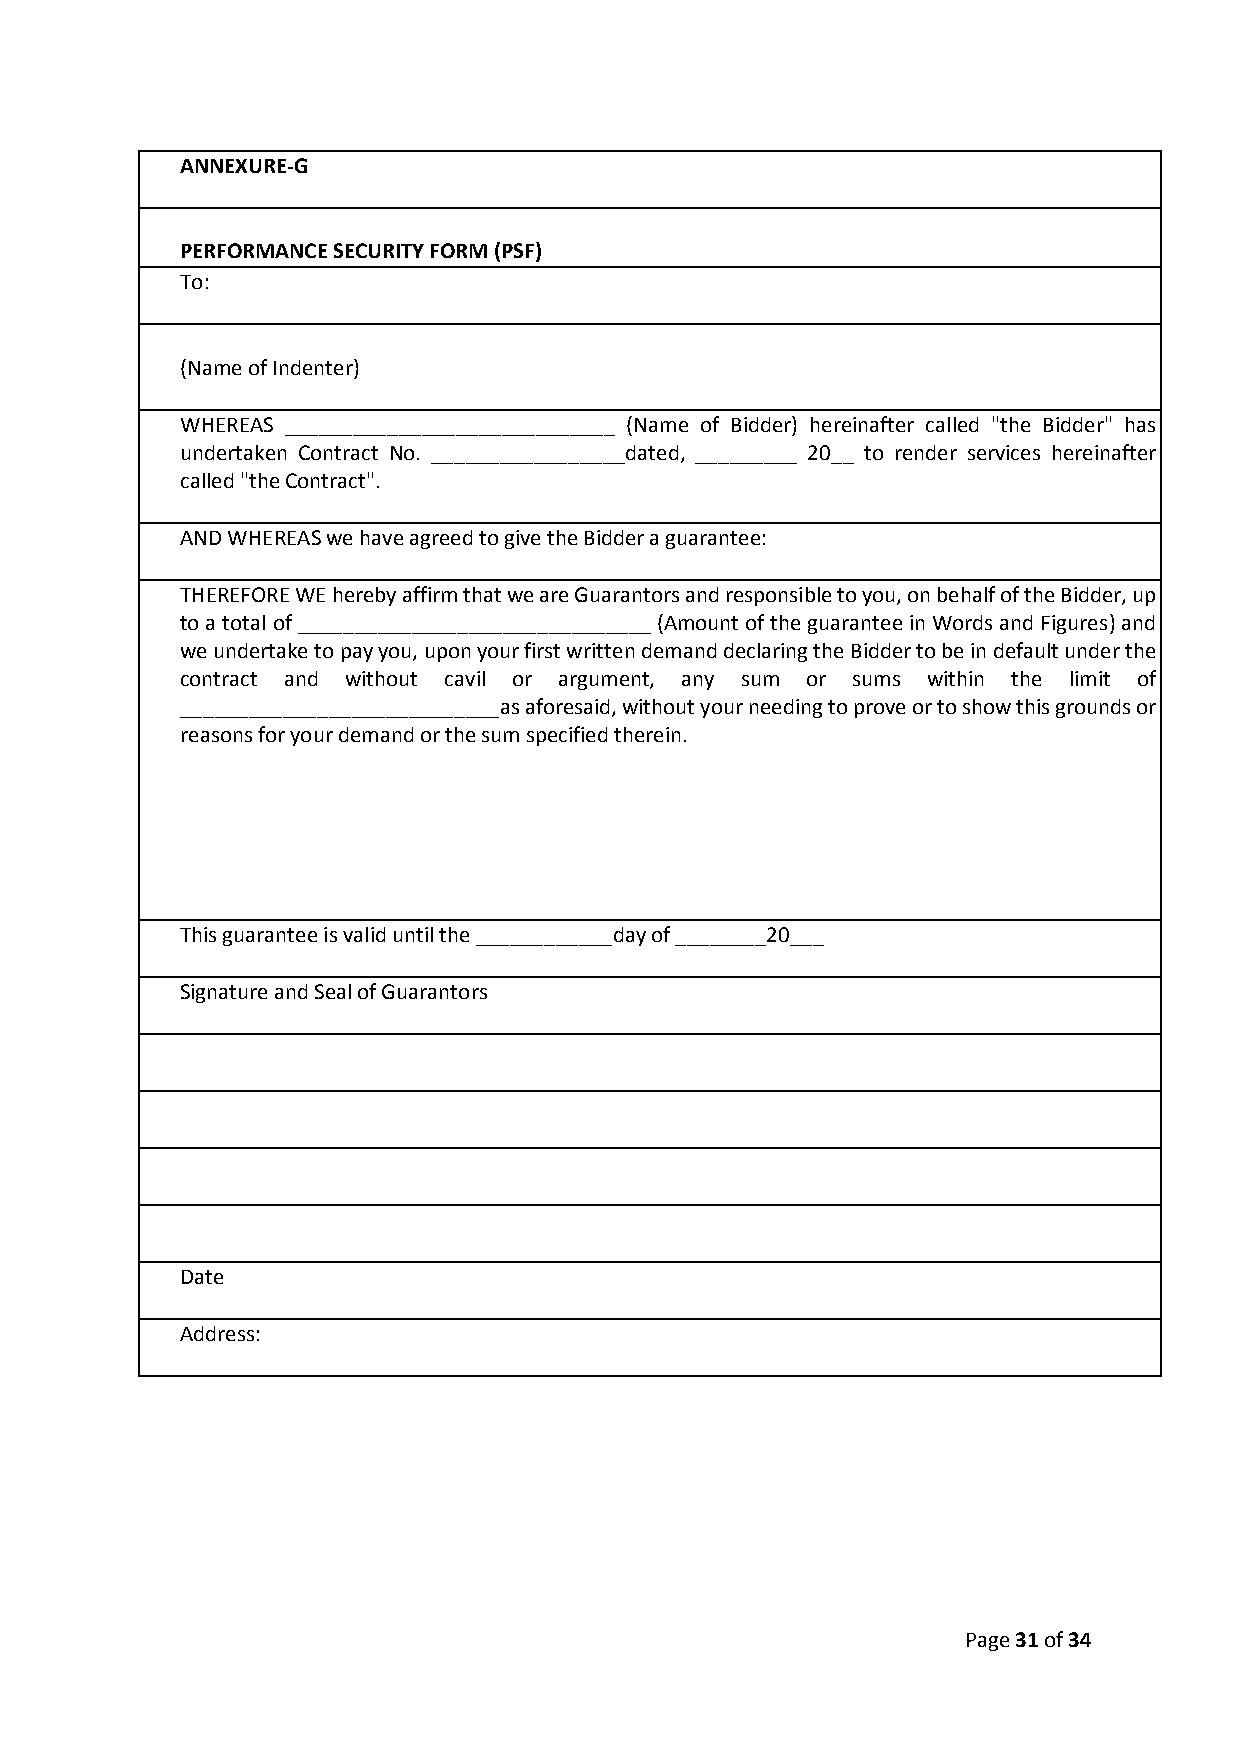
ANNEXURE-G
 PERFORMANCE SECURITY FORM (PSF)
 To:
 (Name of Indenter)
 WHEREAS _____________________________ (Name of Bidder) hereinafter called "the Bidder" has
 undertaken Contract No. _________________dated, _________ 20__ to render services hereinafter
 called "the Contract".
 AND WHEREAS we have agreed to give the Bidder a guarantee:
 THEREFORE WE hereby affirm that we are Guarantors and responsible to you, on behalf of the Bidder, up
 to a total of _______________________________ (Amount of the guarantee in Words and Figures) and
 we undertake to pay you, upon your first written demand declaring the Bidder to be in default under the
 contract and without cavil or argument, any sum or sums within the limit of
 ____________________________as aforesaid, without your needing to prove or to show this grounds or
 reasons for your demand or the sum specified therein.
 This guarantee is valid until the ____________day of ________20___
 Signature and Seal of Guarantors
 Date
 Address:
 Page 31 of 34